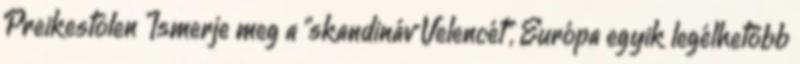
Preikestolen Ismerje meg a "skandináv Velencét", Európa egyik legélhetőbb